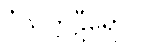
ဝံသက္ကဠီရောဝ